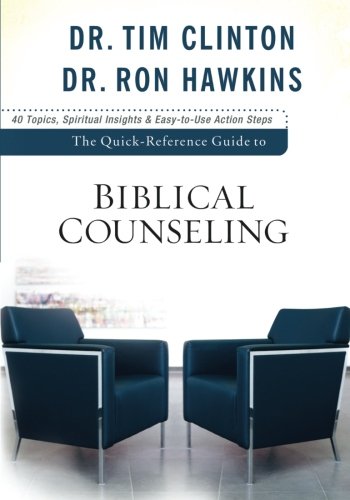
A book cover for The Quick-Reference Guide to Biblical Counseling; Dr. Tim Clinton; Christian Books & Bibles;